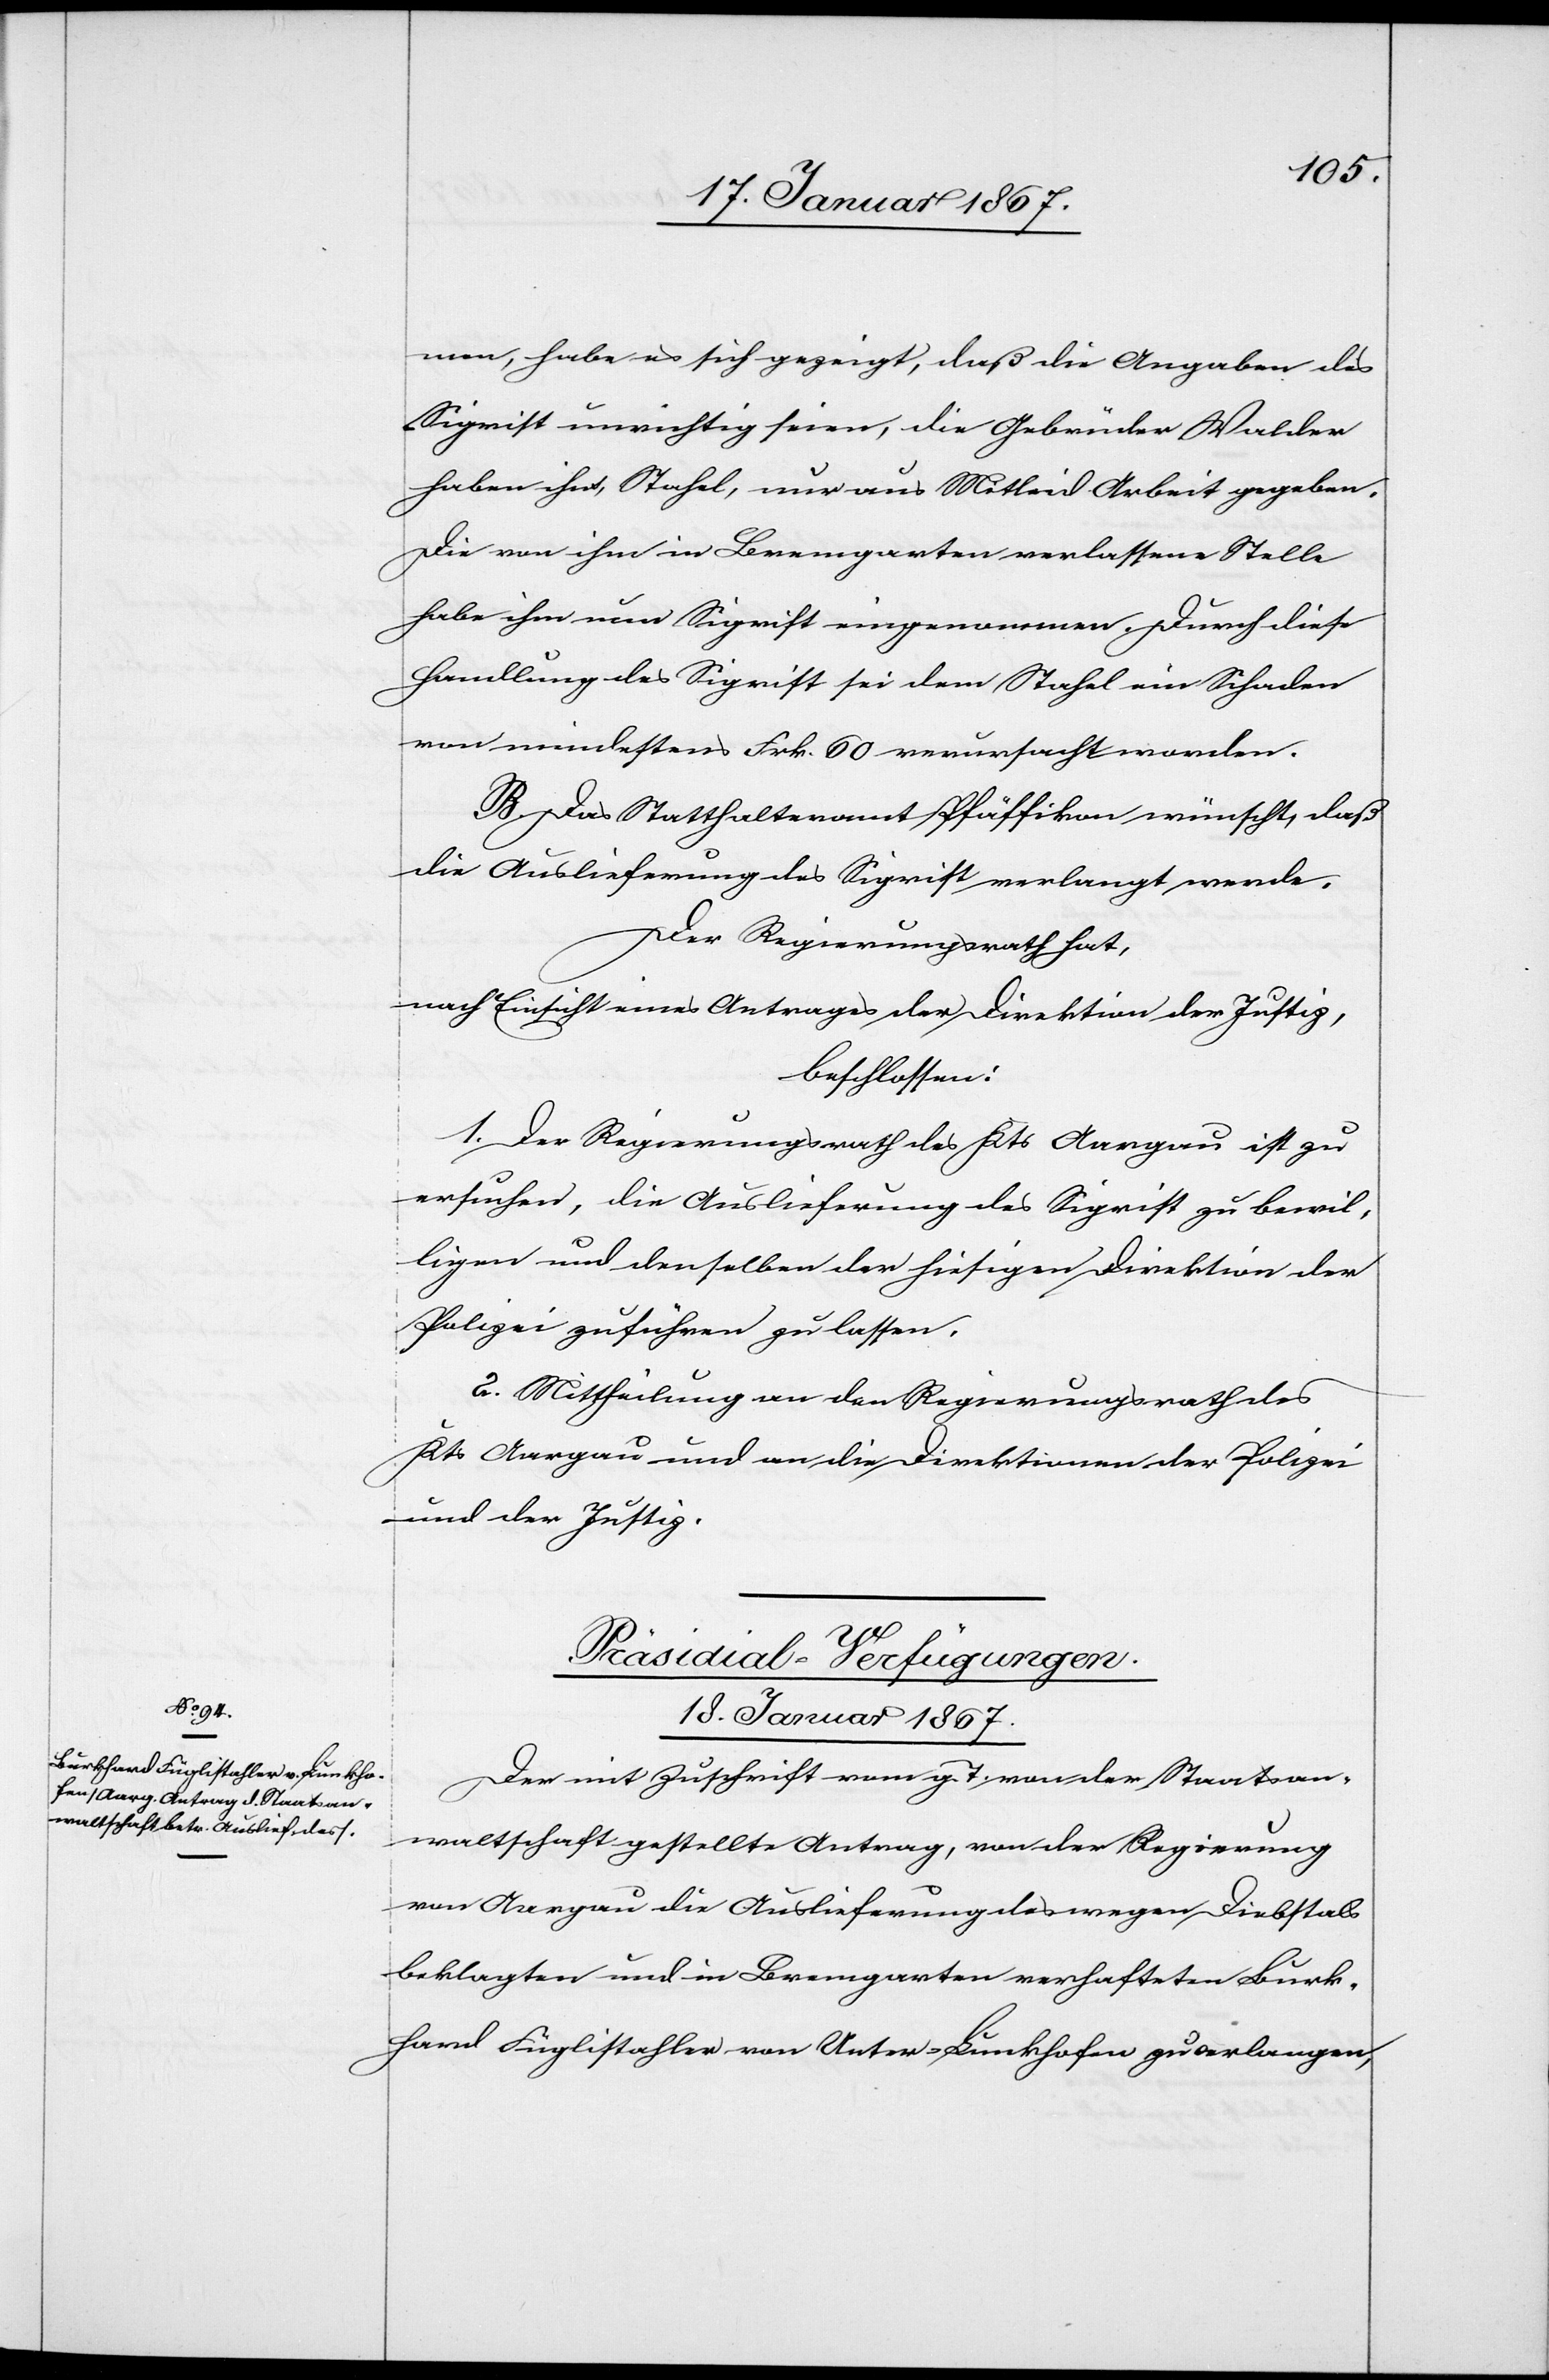
men, habe es sich gezeigt, daß die Angaben des
Sigrist unrichtig seien, die Gebrüder Walder
haben ihm, Stahel, nur aus Mitleid Arbeit gegeben.
Die von ihm in Bremgarten verlassene Stelle
habe ihm nun Sigrist eingenommen. Durch diese
Handlung des Sigrist sei dem Stahel ein Schaden
von mindestens Frk. 60 verursacht worden.
B. Das Statthalteramt Pfäffikon wünscht, daß
die Auslieferung des Sigrist verlangt werde.
Der Regierungsrath hat,
nach Einsicht eines Antrages der Direktion der Justiz,
beschlossen:
1. Der Regierungsrath des Kts Aargau ist zu
ersuchen, die Auslieferung des Sigrist zu bewil¬
ligen und denselben der hiesigen Direktion der
Polizei zuführen zu lassen.
2. Mittheilung an den Regierungsrath des
Kts Aargau und an die Direktionen der Polizei
und der Justiz.
Präsidial-Verfügungen.
18. Januar 1867.
Der mit Zuschrift vom g. T. von der Staatsan¬
waltschaft gestellte Antrag, von der Regierung
von Aargau die Auslieferung des wegen Diebstals
beklagten und in Bremgarten verhafteten Burk¬
hard Füglistahler von Unter-Lunkhofen zu verlangen,